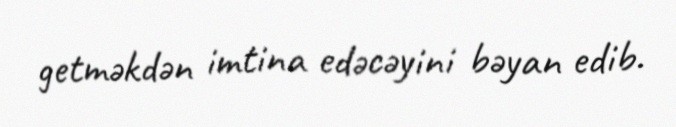
getməkdən imtina edəcəyini bəyan edib.